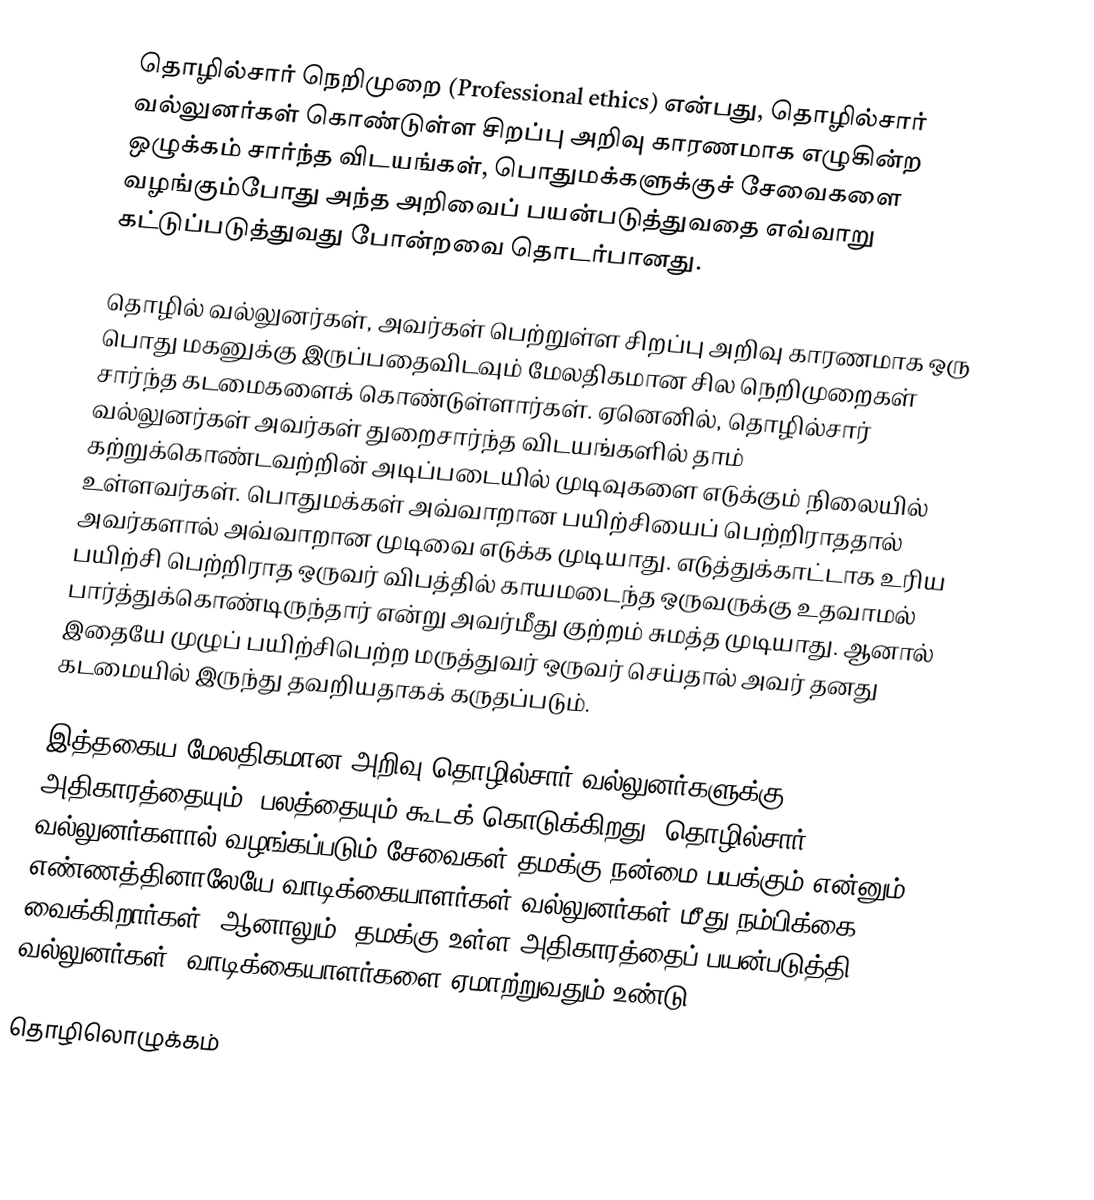
தொழில்சார் நெறிமுறை (Professional ethics) என்பது, தொழில்சார் வல்லுனர்கள் கொண்டுள்ள சிறப்பு அறிவு காரணமாக எழுகின்ற ஒழுக்கம் சார்ந்த விடயங்கள், பொதுமக்களுக்குச் சேவைகளை வழங்கும்போது அந்த அறிவைப் பயன்படுத்துவதை எவ்வாறு கட்டுப்படுத்துவது போன்றவை தொடர்பானது.

தொழில் வல்லுனர்கள், அவர்கள் பெற்றுள்ள சிறப்பு அறிவு காரணமாக ஒரு பொது மகனுக்கு இருப்பதைவிடவும் மேலதிகமான சில நெறிமுறைகள் சார்ந்த கடமைகளைக் கொண்டுள்ளார்கள். ஏனெனில், தொழில்சார் வல்லுனர்கள் அவர்கள் துறைசார்ந்த விடயங்களில் தாம் கற்றுக்கொண்டவற்றின் அடிப்படையில் முடிவுகளை எடுக்கும் நிலையில் உள்ளவர்கள். பொதுமக்கள் அவ்வாறான பயிற்சியைப் பெற்றிராததால் அவர்களால் அவ்வாறான முடிவை எடுக்க முடியாது. எடுத்துக்காட்டாக உரிய பயிற்சி பெற்றிராத ஒருவர் விபத்தில் காயமடைந்த ஒருவருக்கு உதவாமல் பார்த்துக்கொண்டிருந்தார் என்று அவர்மீது குற்றம் சுமத்த முடியாது. ஆனால் இதையே முழுப் பயிற்சிபெற்ற மருத்துவர் ஒருவர் செய்தால் அவர் தனது கடமையில் இருந்து தவறியதாகக் கருதப்படும்.

இத்தகைய மேலதிகமான அறிவு தொழில்சார் வல்லுனர்களுக்கு அதிகாரத்தையும், பலத்தையும் கூடக் கொடுக்கிறது. தொழில்சார் வல்லுனர்களால் வழங்கப்படும் சேவைகள் தமக்கு நன்மை பயக்கும் என்னும் எண்ணத்தினாலேயே வாடிக்கையாளர்கள் வல்லுனர்கள் மீது நம்பிக்கை வைக்கிறார்கள். ஆனாலும், தமக்கு உள்ள அதிகாரத்தைப் பயன்படுத்தி வல்லுனர்கள், வாடிக்கையாளர்களை ஏமாற்றுவதும் உண்டு.

தொழிலொழுக்கம்